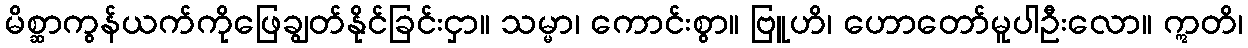
မိစ္ဆာကွန်ယက်ကိုဖြေချွတ်နိုင်ခြင်းငှာ။ သမ္မာ၊ ကောင်းစွာ။ ဗြူဟိ၊ ဟောတော်မူပါဦးလော။ ဣတိ၊